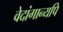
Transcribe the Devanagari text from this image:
वेदांगान्यपि